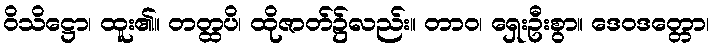
ဝိသိဋ္ဌော၊ ထူး၏။ တတ္ထပိ၊ ထိုဇာတ်၌လည်း။ တာဝ၊ ရှေးဦးစွာ။ ဒေဝဒတ္တော၊